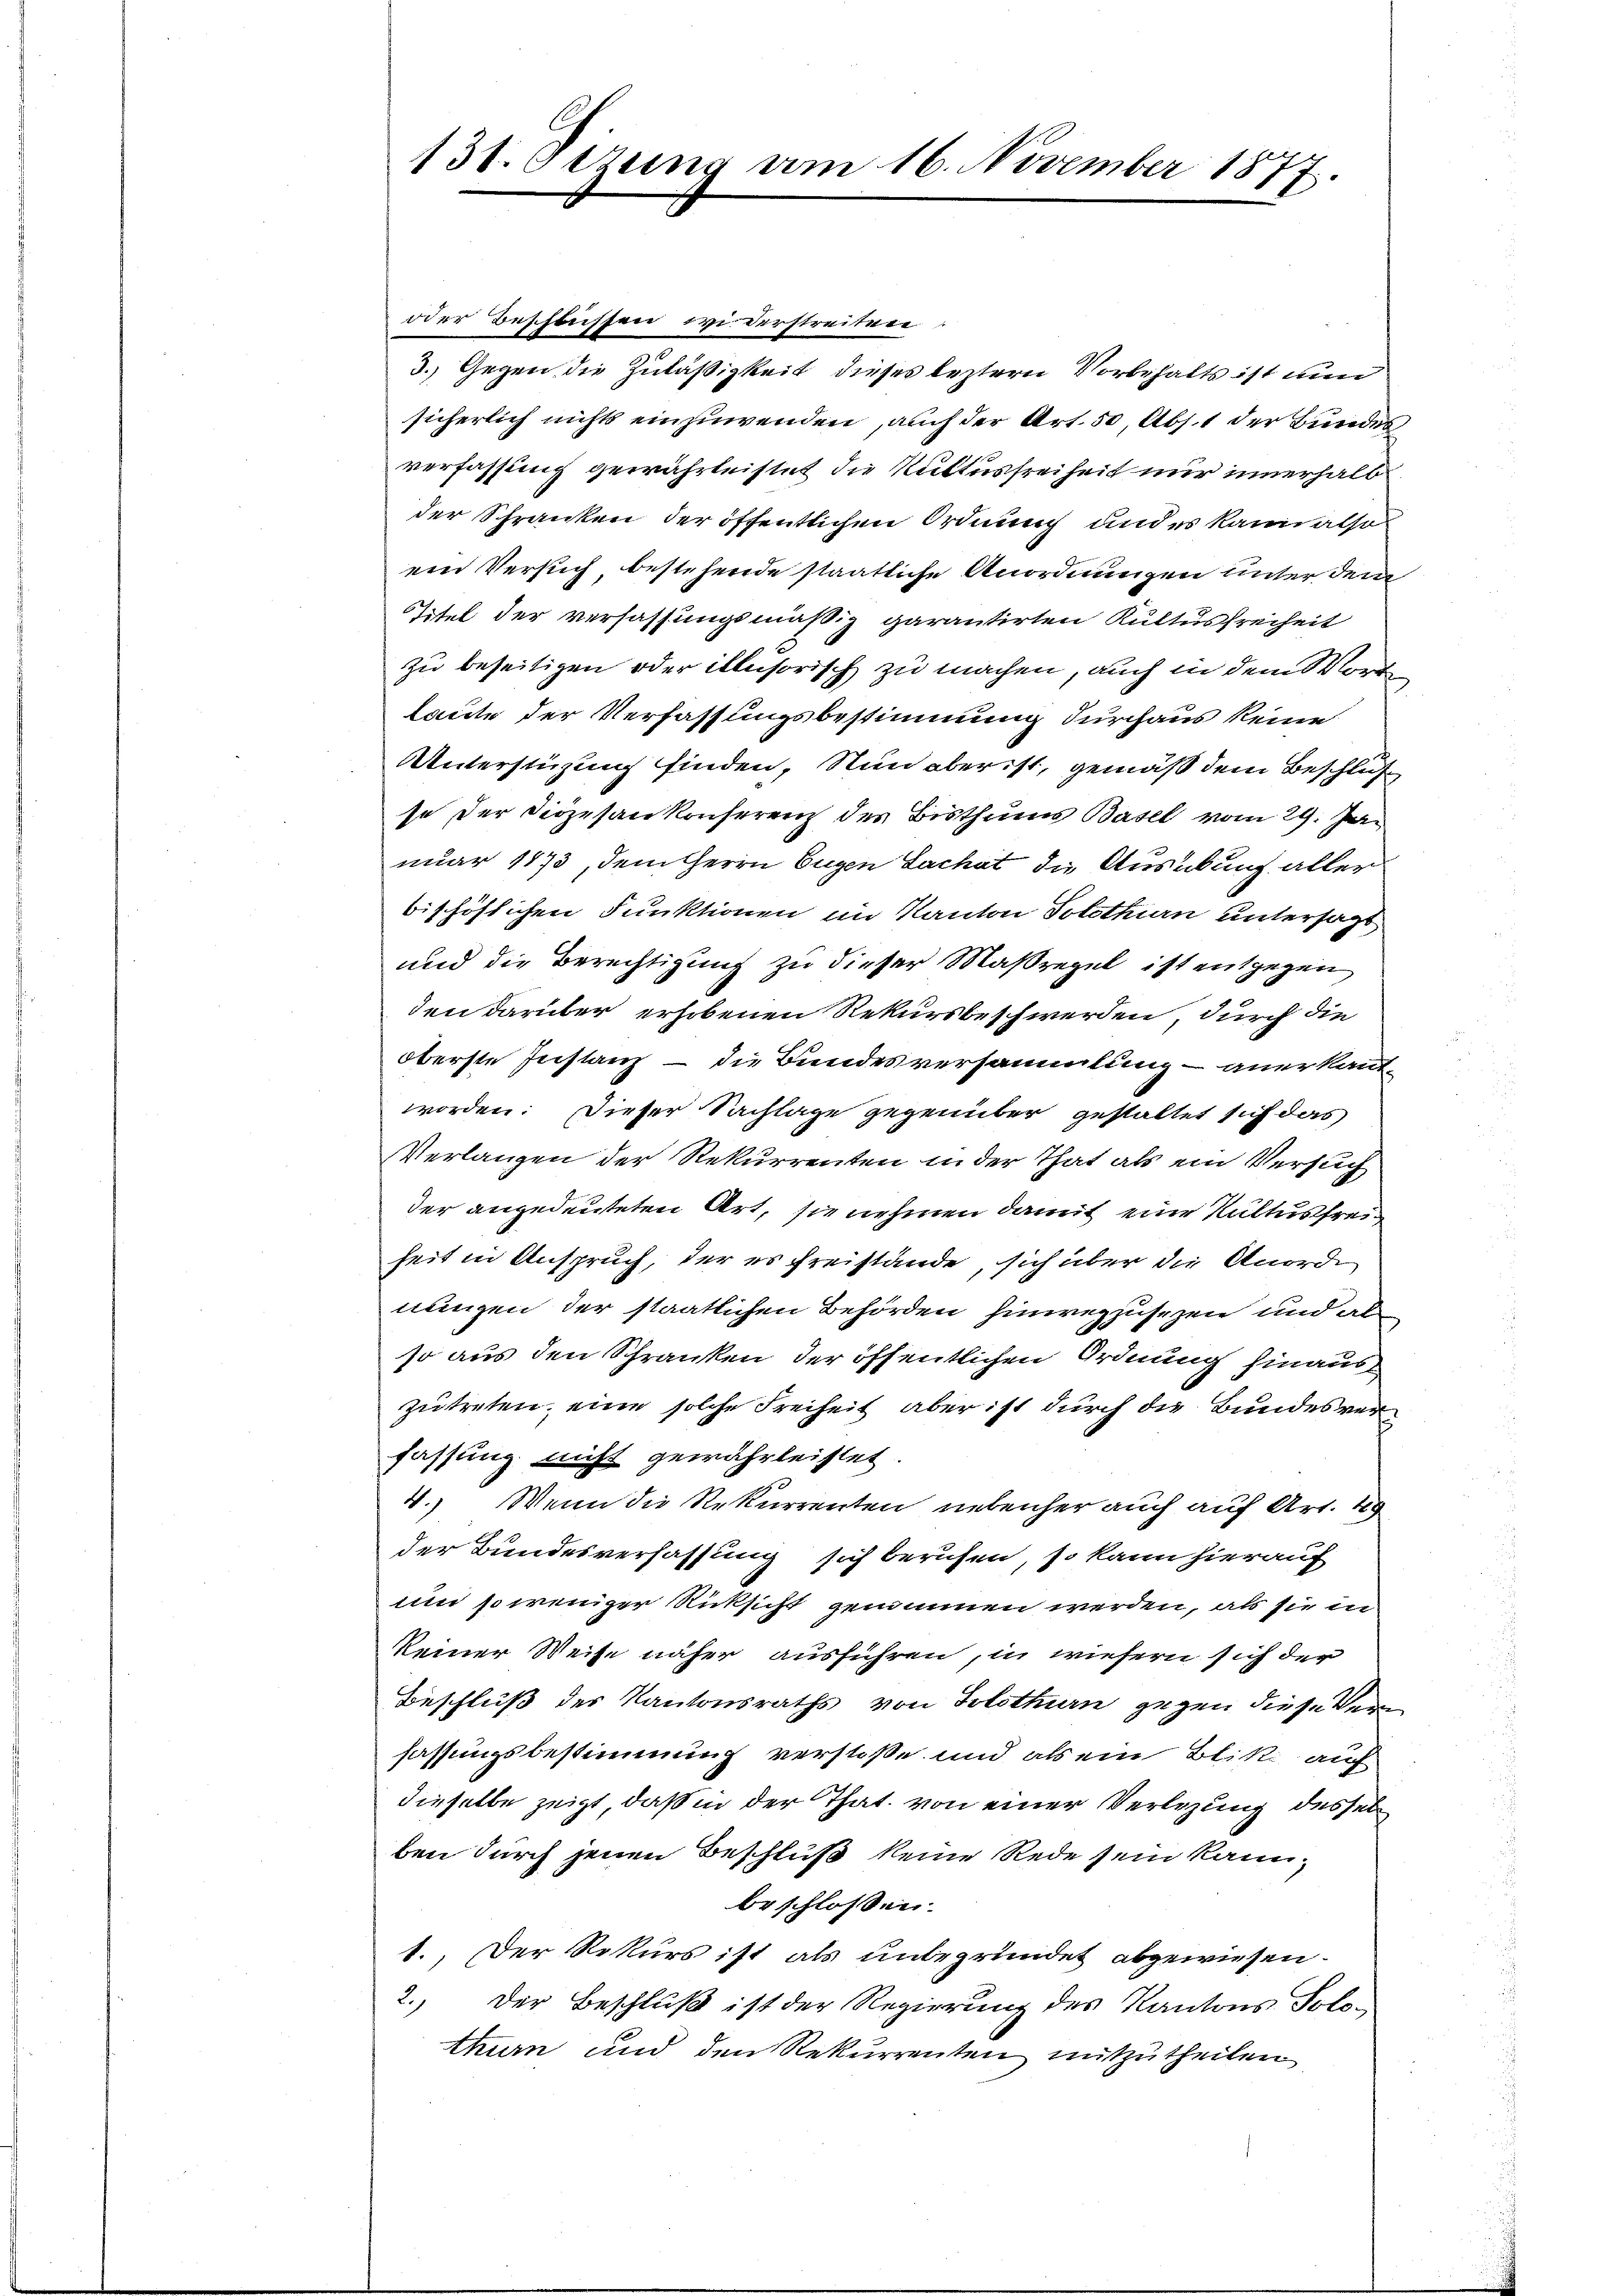
oder Beschlüssen widerstreitere
3.) Gegen die Zuläßigkeit dieses leztern Vorbehalts ist und
sicherlich nichts einzuwenden, auch der Art. 50, Abs. 1 der Bundes
verfassung gewährleistet die Rittesfreiheit nur innerhalb
der Schranken der öffentlichen Ordnung und es kann also
ein Versuch, bestehende staatliche Anordnungen unter dem
STitel der verfassungsmäßig garantirten Kultusfreiheit
zu beseitigen oder illusorisch zu machen, auch in dem Worte
laute der Verfassungsbestimmung durchaus keine
Unterstüzung finden, Nun aber ist, gemäß dem Beschluß
se der Diözesankonserenz des Bisthums Basel vom 29. Jan
nuar 1873, dem Herrn Eugen Lachat die Ausübung aller
bischöflichen Funktionen im Kanton Solothurn untersagt
und die Berechtigung zu dieser Maßregel ist entgegen
den darüber erhobenen Rekursbeschwerden, durch die
oberste Instanz – die Bundesversammlung – anerkanntworden. Dieser Sachlage gegenüber gestaltet sich das
Verlangen der Rekurrenten in der That als ein Versuch
der angedeuteten Art, sie nehmen damit eine Kultusfrei
heit in Anspruch, der es freistände, sich über die Anorde
nungen der staatlichen Behörden hinwegzusezen und al
so aus den Schranken der öffentlichen Ordnung hinaus
zutreten, eine solche Freiheit aber ist durch die Bundesverfassung nicht gewährleistet.
4.) Wenn die Rekurrenten nebenher auch auf Art. 49
der Bundesverfassung sich berufen, so kann hierauf
um so weniger Rücksicht genommen werden, als sie in
keiner Weise näher ausführen, in wiesern sich der
Beschluß des Kantonsraths von Solothurn gegen diese kein
fassungsbestimmung verstoße und als ein Blitt auf
dieselbe zeigt, daß in der That. von einer Verlegung dessel
ben durch jenen Beschluß keine Rede sein kann,
beschlossen:
1. Der Rekurs ist als unbegründet abgewiesen.
2.) Der Beschluß ist der Regierung des Kantons Solothurn und den Rekurrenten mitzutheilen

131. Setzung am 16. November 1877.